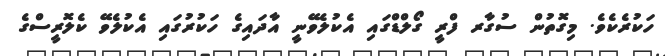
ހަކުރެކެވެ. މިގޮތުން ސުގާރ ފްރީ ގޯލްޑްގައި އެކުލެވޭނީ އާދައިގެ ހަކުރުގައި އެކުލެވޭ ކެލޮރީސްގެ